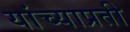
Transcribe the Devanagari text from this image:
यांच्याप्रती